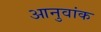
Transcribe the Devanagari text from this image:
आनुवांक